Sanitation, dispensaries and jails vaccination Rajputana 1922-1927 - 1922-1927
Year: 1922
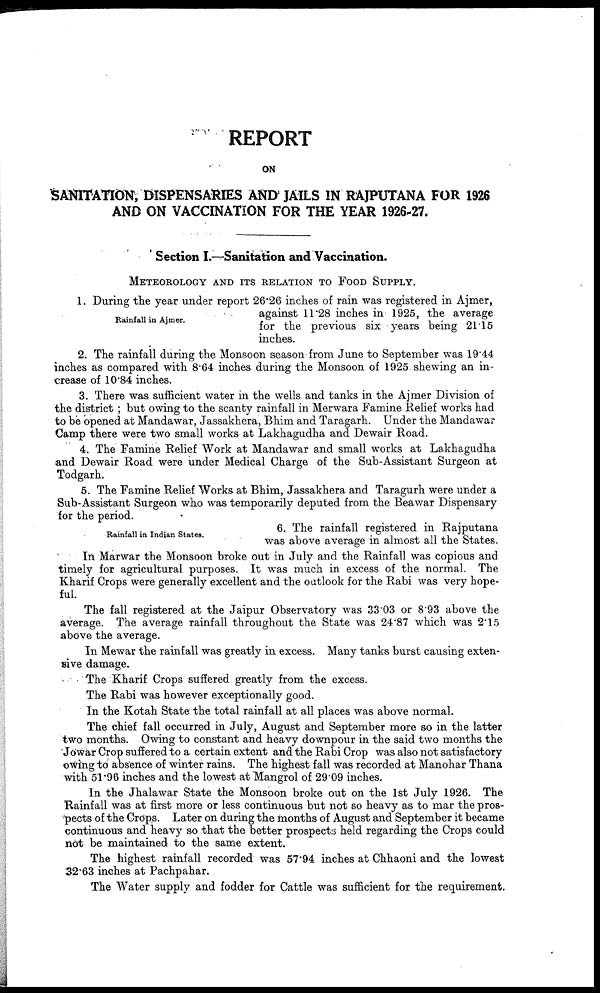
REPORT
ON
SANITATION, DISPENSARIES AND JAILS IN RAJPUTANA FOR 1926
AND ON VACCINATION FOR THE YEAR 1926-27.
Section I.—Sanitation and Vaccination.
METEOROLOGY AND ITS RELATION TO FOOD SUPPLY.
Rainfall in Ajmer.
1 During the year under report 26.26 inches of rain was registered in Ajmer,
against 11.28 inches in 1925, the average
for the previous six years being 21.15
inches.
2. The rainfall during the Monsoon season from June to September was 19.44
inches as compared with 8.64 inches during the Monsoon of 1925 shewing an in-
crease of 10.84 inches.
3. There was sufficient water in the wells and tanks in the Ajmer Division of
the district ; but owing to the scanty rainfall in Merwara Famine Relief works had
to be opened at Mandawar, Jassakhera, Bhim and Taragarh. Under the Mandawar
Camp there were two small works at Lakhagudha and Dewair Road.
4. The Famine Relief Work at Mandawar and small works at Lakhagudha
and Dewair Road were under Medical Charge of the Sub-Assistant Surgeon at
Todgarh.
Rainfall in Indian States.
5. The Famine Relief Works at Bhim, Jassakhera and Taragurh were under a
Sub-Assistant Surgeon who was temporarily deputed from the Beawar Dispensary
for the period.
6. The rainfall registered in Rajputana
was above average in almost all the States.
In Marwar the Monsoon broke out in July and the Rainfall was copious and
timely for agricultural purposes. It was much in excess of the normal. The
Kharif Crops were generally excellent and the outlook for the Rabi was very hope-
ful.
The fall registered at the Jaipur Observatory was 33.03 or 8.93 above the
average. The average rainfall throughout the State was 24.87 which was 2.15
above the average.
In Mewar the rainfall was greatly in excess. Many tanks burst causing exten-
sive damage.
The Kharif Crops suffered greatly from the excess.
The Rabi was however exceptionally good.
In the Kotah State the total rainfall at all places was above normal.
The chief fall occurred in July, August and September more so in the latter
two months. Owing to constant and heavy downpour in the said two months the
Jowar Crop suffered to a certain extent and the Rabi Crop was also not satisfactory
owing to absence of winter rains. The highest fall was recorded at Manohar Thana
with 51.96 inches and the lowest at Mangrol of 29.09 inches.
In the Jhalawar State the Monsoon broke out on the 1st July 1926. The
Rainfall was at first more or less continuous but not so heavy as to mar the pros-
pects of the Crops. Later on during the months of August and September it became
continuous and heavy so that the better prospects held regarding the Crops could
not be maintained to the same extent.
The highest rainfall recorded was 57.94 inches at Chhaoni and the lowest
32.63 inches at Pachpahar.
The Water supply and fodder for Cattle was sufficient for the requirement.